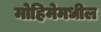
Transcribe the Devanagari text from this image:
मोहिमेमधील